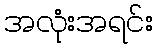
အလုံးအရင်း